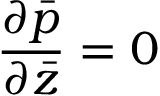
\frac { { \partial } \bar { p } } { { \partial } \bar { z } } = 0